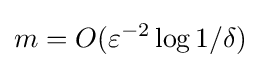
m=O(\varepsilon ^{-2}\log 1/\delta )